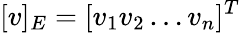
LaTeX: [v]_{E}=[v_{1}v_{2}\ldots v_{n}]^{T}